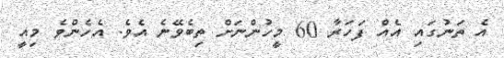
އެ ތަނުގައި އެއް ފަހަރާ 60 މީހުންނަށް ތިބެވޭނެ އެވެ. އެހެންވެ މިއީ